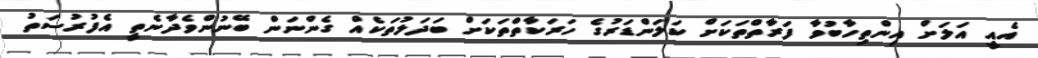
އެއީ އަލަށް އިންތިހާބުވާ ފަރާތްތަކަށް ކަލަންޑަރުގެ ހަރަކާތްތަކަށް ބަދަލުތަކެއް ގެންނަން ބޭނުންވެދާނެތީ އެފުރުސަތު